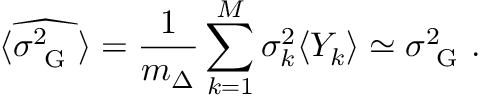
\langle \widehat { \sigma _ { \mathrm { ~ G ~ } } ^ { 2 } } \rangle = \frac { 1 } { m _ { \Delta } } \sum _ { k = 1 } ^ { M } \sigma _ { k } ^ { 2 } \langle Y _ { k } \rangle \simeq \sigma _ { \mathrm { ~ G ~ } } ^ { 2 } .